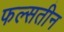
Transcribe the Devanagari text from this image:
फल्सतीन